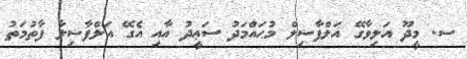
ސ. މީދޫ އަލިވާގޭ އަލްފާޟިލް މުޙައްމަދު ސަޢީދު އާއި އެގޭ އަލްފާޟިލާ ފާތުމަތު